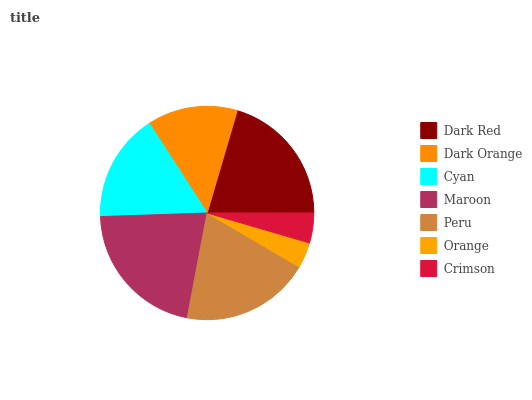
| Dark Red | Dark Orange | Cyan | Maroon | Peru | Orange | Crimson |
 | --- | --- | --- | --- | --- | --- | --- |
 | 20.5% | 13.7% | 16.4% | 21.5% | 19.6% | 3.9% | 4.52% |